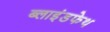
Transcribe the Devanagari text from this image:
ब्लाइंडफेथ